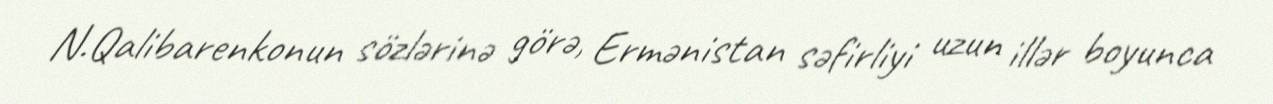
N.Qalibarenkonun sözlərinə görə, Ermənistan səfirliyi uzun illər boyunca